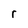
Character: r